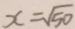
x = \sqrt { 5 0 }